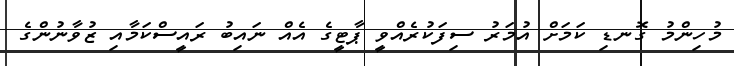
މުހިންމު ގޮނޑި ކަމަށް އުމަރު ސިފަކުރެއްވީ ޕާޓީގެ އެއް ނައިބު ރައީސްކަމާއި ޒުވާނުންގެ